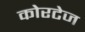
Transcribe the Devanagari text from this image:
कोरटेज